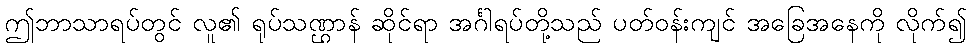
ဤဘာသာရပ်တွင် လူ၏ ရုပ်သဏ္ဌာန် ဆိုင်ရာ အင်္ဂါရပ်တို့သည် ပတ်ဝန်းကျင် အခြေအနေကို လိုက်၍